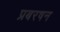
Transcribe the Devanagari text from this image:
प्रबरषन